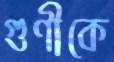
গুণীকে